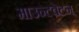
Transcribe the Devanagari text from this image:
माउन्टवेटन